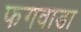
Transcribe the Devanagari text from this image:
फगवाडा